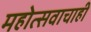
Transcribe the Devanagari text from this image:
महोत्सवाचाही